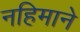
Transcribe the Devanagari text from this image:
नहिमाने